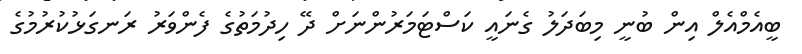
ބީއެމްއެލް އިން ބުނީ މިބަދަލު ގެނައީ ކަސްޓަމަރުންނަށް ދޭ ހިދުމަތުގެ ފެންވަރު ރަނގަޅުކުރުމުގެ